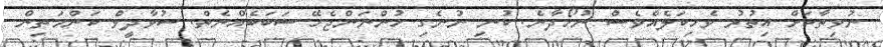
ނުވިތާކަށް އިތުރު ވެހިކަލެއްވެސް ނުހޯދާނެ. ކުނި ނުނެގި ހުންނަންޖެހޭ ސަބަބެއްނެތް. ސުވާދީވް ކަންމަތިން